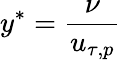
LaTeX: y^{*}=\frac{\nu}{u_{\tau,p}}